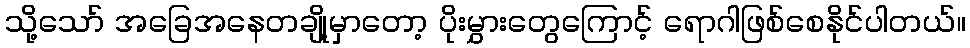
သို့သော် အခြေအနေတချို့မှာတော့ ပိုးမွှားတွေကြောင့် ရောဂါဖြစ်စေနိုင်ပါတယ်။